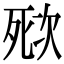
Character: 𣣌